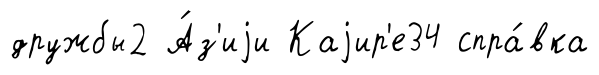
дружбы2 А́з'иjи Каjир'е34 спра́вка